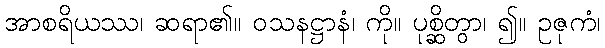
အာစရိယဿ၊ ဆရာ၏။ ဝသနဋ္ဌာနံ၊ ကို။ ပုစ္ဆိတွာ၊ ၍။ ဥဇုကံ၊